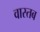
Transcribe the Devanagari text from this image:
वास्तब